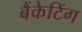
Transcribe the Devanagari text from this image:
बैंकेटिंग